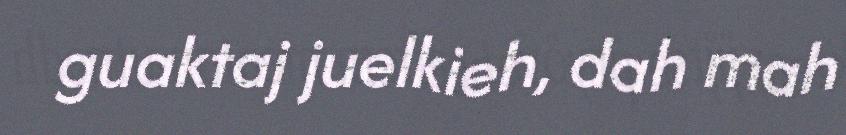
guaktaj juelkieh, dah mah